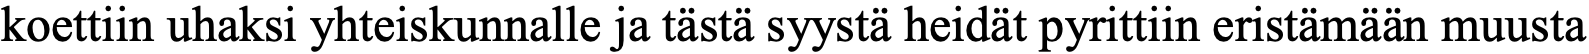
koettiin uhaksi yhteiskunnalle ja tästä syystä heidät pyrittiin eristämään muusta